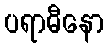
ပရာဓီနော